Tezpur Lunatic Asylum reports 1877-1894 - 1877-1894
Year: 1877
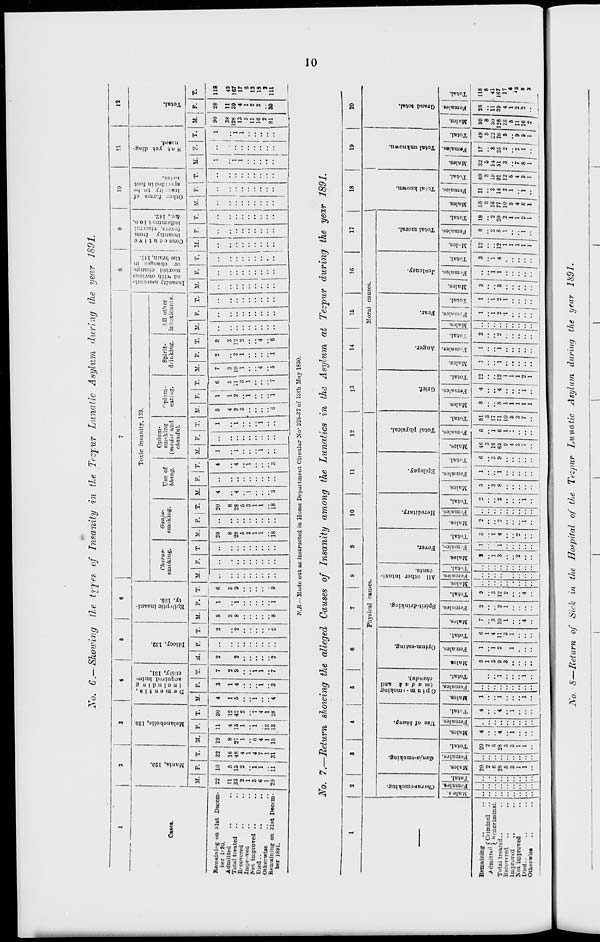
Xo. 6.—Shewing the types of Insanity in the Tezpwr Lunatic Asylum during the year 1891.
10
ii
12
Cases.
Remaining on :--lst Decem-
ber l:-90.
Admitted
Tottil treated ..
R< covered
Improved
Not improved ..
D^d
Otherwise
Remaining on 31st Decem-
ber 1891.
a
*-5 .
CB t= g*=
c- au
o
Toxic insanity, 139.
Charas-
smokJng.
Ganja-
smokiug.
Use of
bhang.
Opium-
sm'ikine
(madtit and
chandu).
"pinra-
eatiug.
Spirit-
diit.king.
All other
intoxicants.
>~~ s"a
S o c o -u.
IK C '
3 3 S-«H 6
■5
c o
T. ~
c
EH
M. I F.
M. F.
M.
22 10 32
11
5 16
33 15 48
2
2
4
1
1
3
1
4
6
1
7
1
1
20 " 1
„j
P. T. Bl.
M. F. T. M.
F. I T. M. P. T.
18
18
M. I F. T. M.
M. F.
M.
M.
T. M.I F.
M.
T. I M.
1 | S
2 11
3
1
N.B.—Made out as instructed in Home Department Circular >'o" 328-37 of 13th May 1890.
Xo. 7.—Return showing the alleged Causes of Insanity among the Lunatics in the Asylum at Tezpwr during the year 1891.
M. ! P.
1 90
38
128
13
5
11
16
2
81
28
11
39
4
1
2
2
30
118
49
167
17
6
13
18
9
111
1
2
3
4
5
6
t
i
1
1
1
7
8
9
10
11
12
13
14
15
16
17
18
19
20
Physical causes.
Moral causes.
a
o
§
c
C
e
g
bi
c
s
I
.«
5
bk
e
q
o
c c
c
EU
< o .
"o a 2
to
cs
a 0
o
bo
5
c,
to
o
a
o m
— 5
>
a
3
01
W
"S.
"3
o
t>>
Bi
"3
o
H
.2
'u
O
P cm
B
OS
a
o
a -
"3
o
a
"3
o
s*
&
0
c
,M
"3
EH
d
0
e
JM
a
s
"3
0
3
C
2
0
"5 1
ED
"3
1
s
- "3
c
"5
a
I
1
"5
i
* a
CD
5
o
EH
a
*3
"3
"5
a £
"3
s -
r.
Is
- a
a pi
"3
|
"3
a
5
"3
rS
c;
"2
En
"3
a •
73
o
H
s
"2
"3
&" 1 H I 1 a
5
a
0
J;
■3
0
c-i
0
"3
a
"3
1
fa
a
F-i
S
b
H
1 R
—
1 1 8
a |S
"3
0
H
/ emitted (C^1™ 1 . V
(. kenennunaj.
Died..
20
2
6
28
5
3
1
1
20
2
6
28
5
3
1
1
4
4
1
■•
4
4
1
i
l
l
•• 1
1
5
1
3
9
3
I
i
2
1
6
1
4
11
3
1
3
10
1
4
2
2
1
9
12
2
4
•• ••
"
9
1
3
1
i
3
"i
4
2
1
••
2
1
5
3
8
1
i
6
9
46
3
16
65
9
4
3
7
5
i
6
1
51
3
17
71
10
5
3
7
8
8
1
1
1
1
1
4
4
i
••
12
12
I
1
1
2
1
1
1
1 1
1
2
2
1
1
2
1
1
1
2
1
3
3
l
l
3
1
4
■•!
12
12
1
1
1
6
2
8
1
i
18
2
SO
2
1
1
2
1
58
16
77
10
5
4
3
14
2
1
i
69
3
19
91
12
6
32
5
14
51
3
17 49
5
8 22
25 76
2
5
90
8
30
128
13
6
11
16
2
1
28
ii
39
4
1
2
. 2 I
118
8
41
167
17
«
2
-
1 -
7
8
-1
2
9
•13
8
i
""■■
■■
—
^Vo. 5'—Return of Sick in the Hospital of the Tezpur Lunatic Asylum during the year 1891.
I